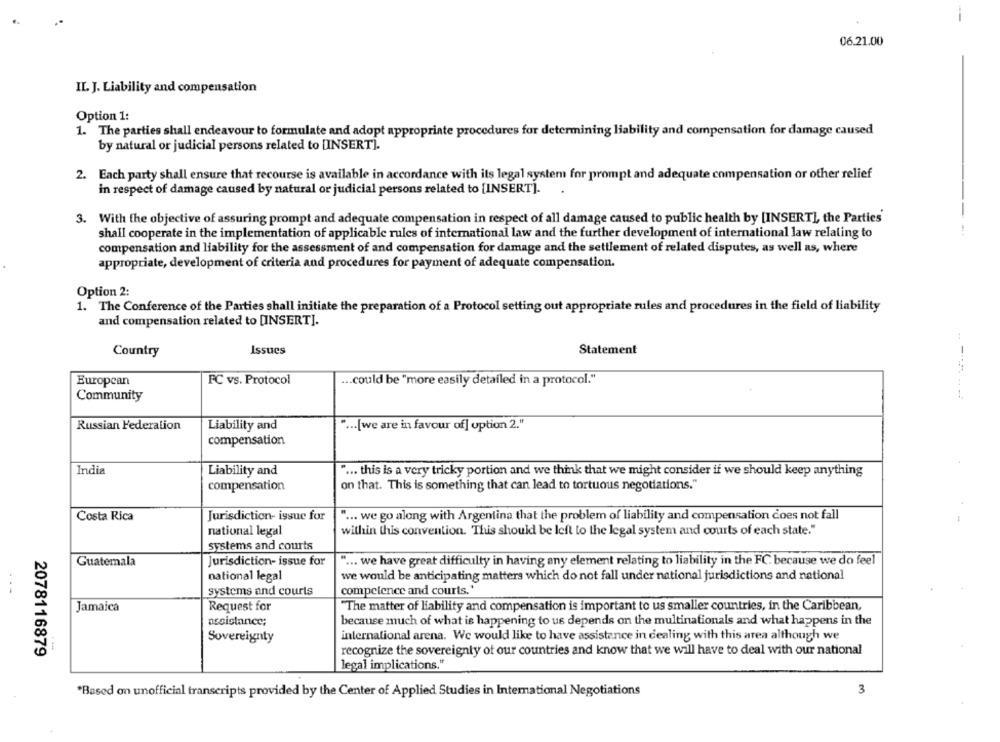
06.21.00
IL. J. Liability and compensation
Option 1:
1. The parties shall endeavour to formulate and adopt appropriate procedures for determining liability and compensation for damage caused
by natural or judicial persons related to [INSERT].
2. Each party shall ensure that recourse is available in accordance with its legal system for prompt and adequate compensation or other relief
in respect of damage caused by natural or judicial persons related to [INSERT].
-
3. With the objective of assuring prompt and adequate compensation in respect of all damage caused to public health by [INSERT], the Parties'
shall cooperate in the implementation of applicable rules of international law and the further development of international law relating to
compensation and liability for the assessment of and compensation for damage and the settlement of related disputes, as well as, where
appropriate, development of criteria and procedures for payment of adequate compensation.
Option 2:
1. The Conference of the Parties shall initiate the preparation of a Protocol setting out appropriate rules and procedures in the field of liability
and compensation related to [INSERT].
Country
Issues
Statement
European
FC vs. Protocol
... could be "more easily detailed in a protocol."
Community
Russian Federation
Liability and
... [we are in favour of] uption 2."
compensation
India
Liability and
" ... this is a very tricky portion and we think that we might consider if we should keep anything
compensation
on that. This is something that can lead to tortuous negotiations."
Costa Rica
Jurisdiction- issue for
" ... we go along with Argentina that the problem of liability and compensation does not fall
national legal
within this convention. This should be left to the legal system and courts of each state."
systems and courts
Guatemala
Jurisdiction- issue for
" ... we have great difficulty in having any element relating to liability in the FC. because we do feel
national legal
we would be anticipating matters which do not fall under national jurisdictions and national
systems and courts
competence and courts.'
Jamaica
Request for
"The matter of liability and compensation is important to us smaller countries, in the Caribbean,
assistance;
because much of what is happening to us depends on the multinationals and what happens in the
Sovereignty
international arena. We would like to have assistance in dealing with this area although we
2078116879
recognize the sovereignty of our countries and know that we will have to deal with our national
legal implications."
3
*Based on unofficial transcripts provided by the Center of Applied Studies in International Negotiations